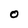
Character: O